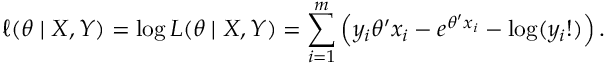
\ell ( \theta \mid X , Y ) = \log L ( \theta \mid X , Y ) = \sum _ { i = 1 } ^ { m } \left( y _ { i } \theta ^ { \prime } x _ { i } - e ^ { \theta ^ { \prime } x _ { i } } - \log ( y _ { i } ! ) \right) .